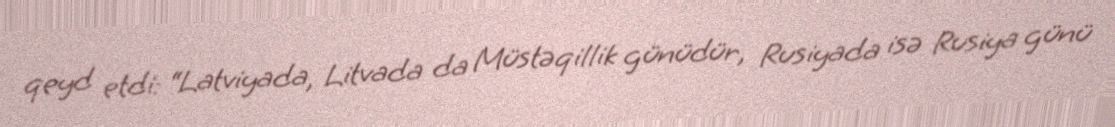
qeyd etdi: “Latviyada, Litvada da Müstəqillik günüdür, Rusiyada isə Rusiya günü